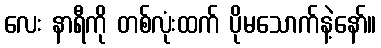
လေး နာရီကို တစ်လုံးထက် ပိုမသောက်နဲ့နော်။